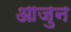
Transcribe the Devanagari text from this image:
आजुन